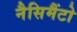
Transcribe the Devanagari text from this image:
नैसिमैंटो